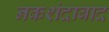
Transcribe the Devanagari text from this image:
नकशंदाबाद